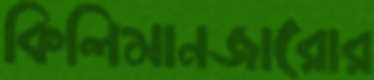
কিলিমানজারোর